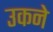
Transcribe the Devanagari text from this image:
उकने